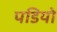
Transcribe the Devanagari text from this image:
पडियो